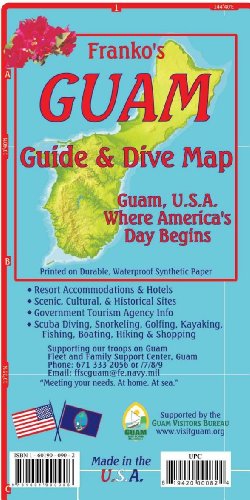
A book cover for Guam Map & Dive Guide Franko Maps Waterproof Map; Franko Maps Ltd.; Travel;